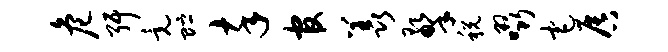
危弭竟贮卒官羡擎税啜宅唇